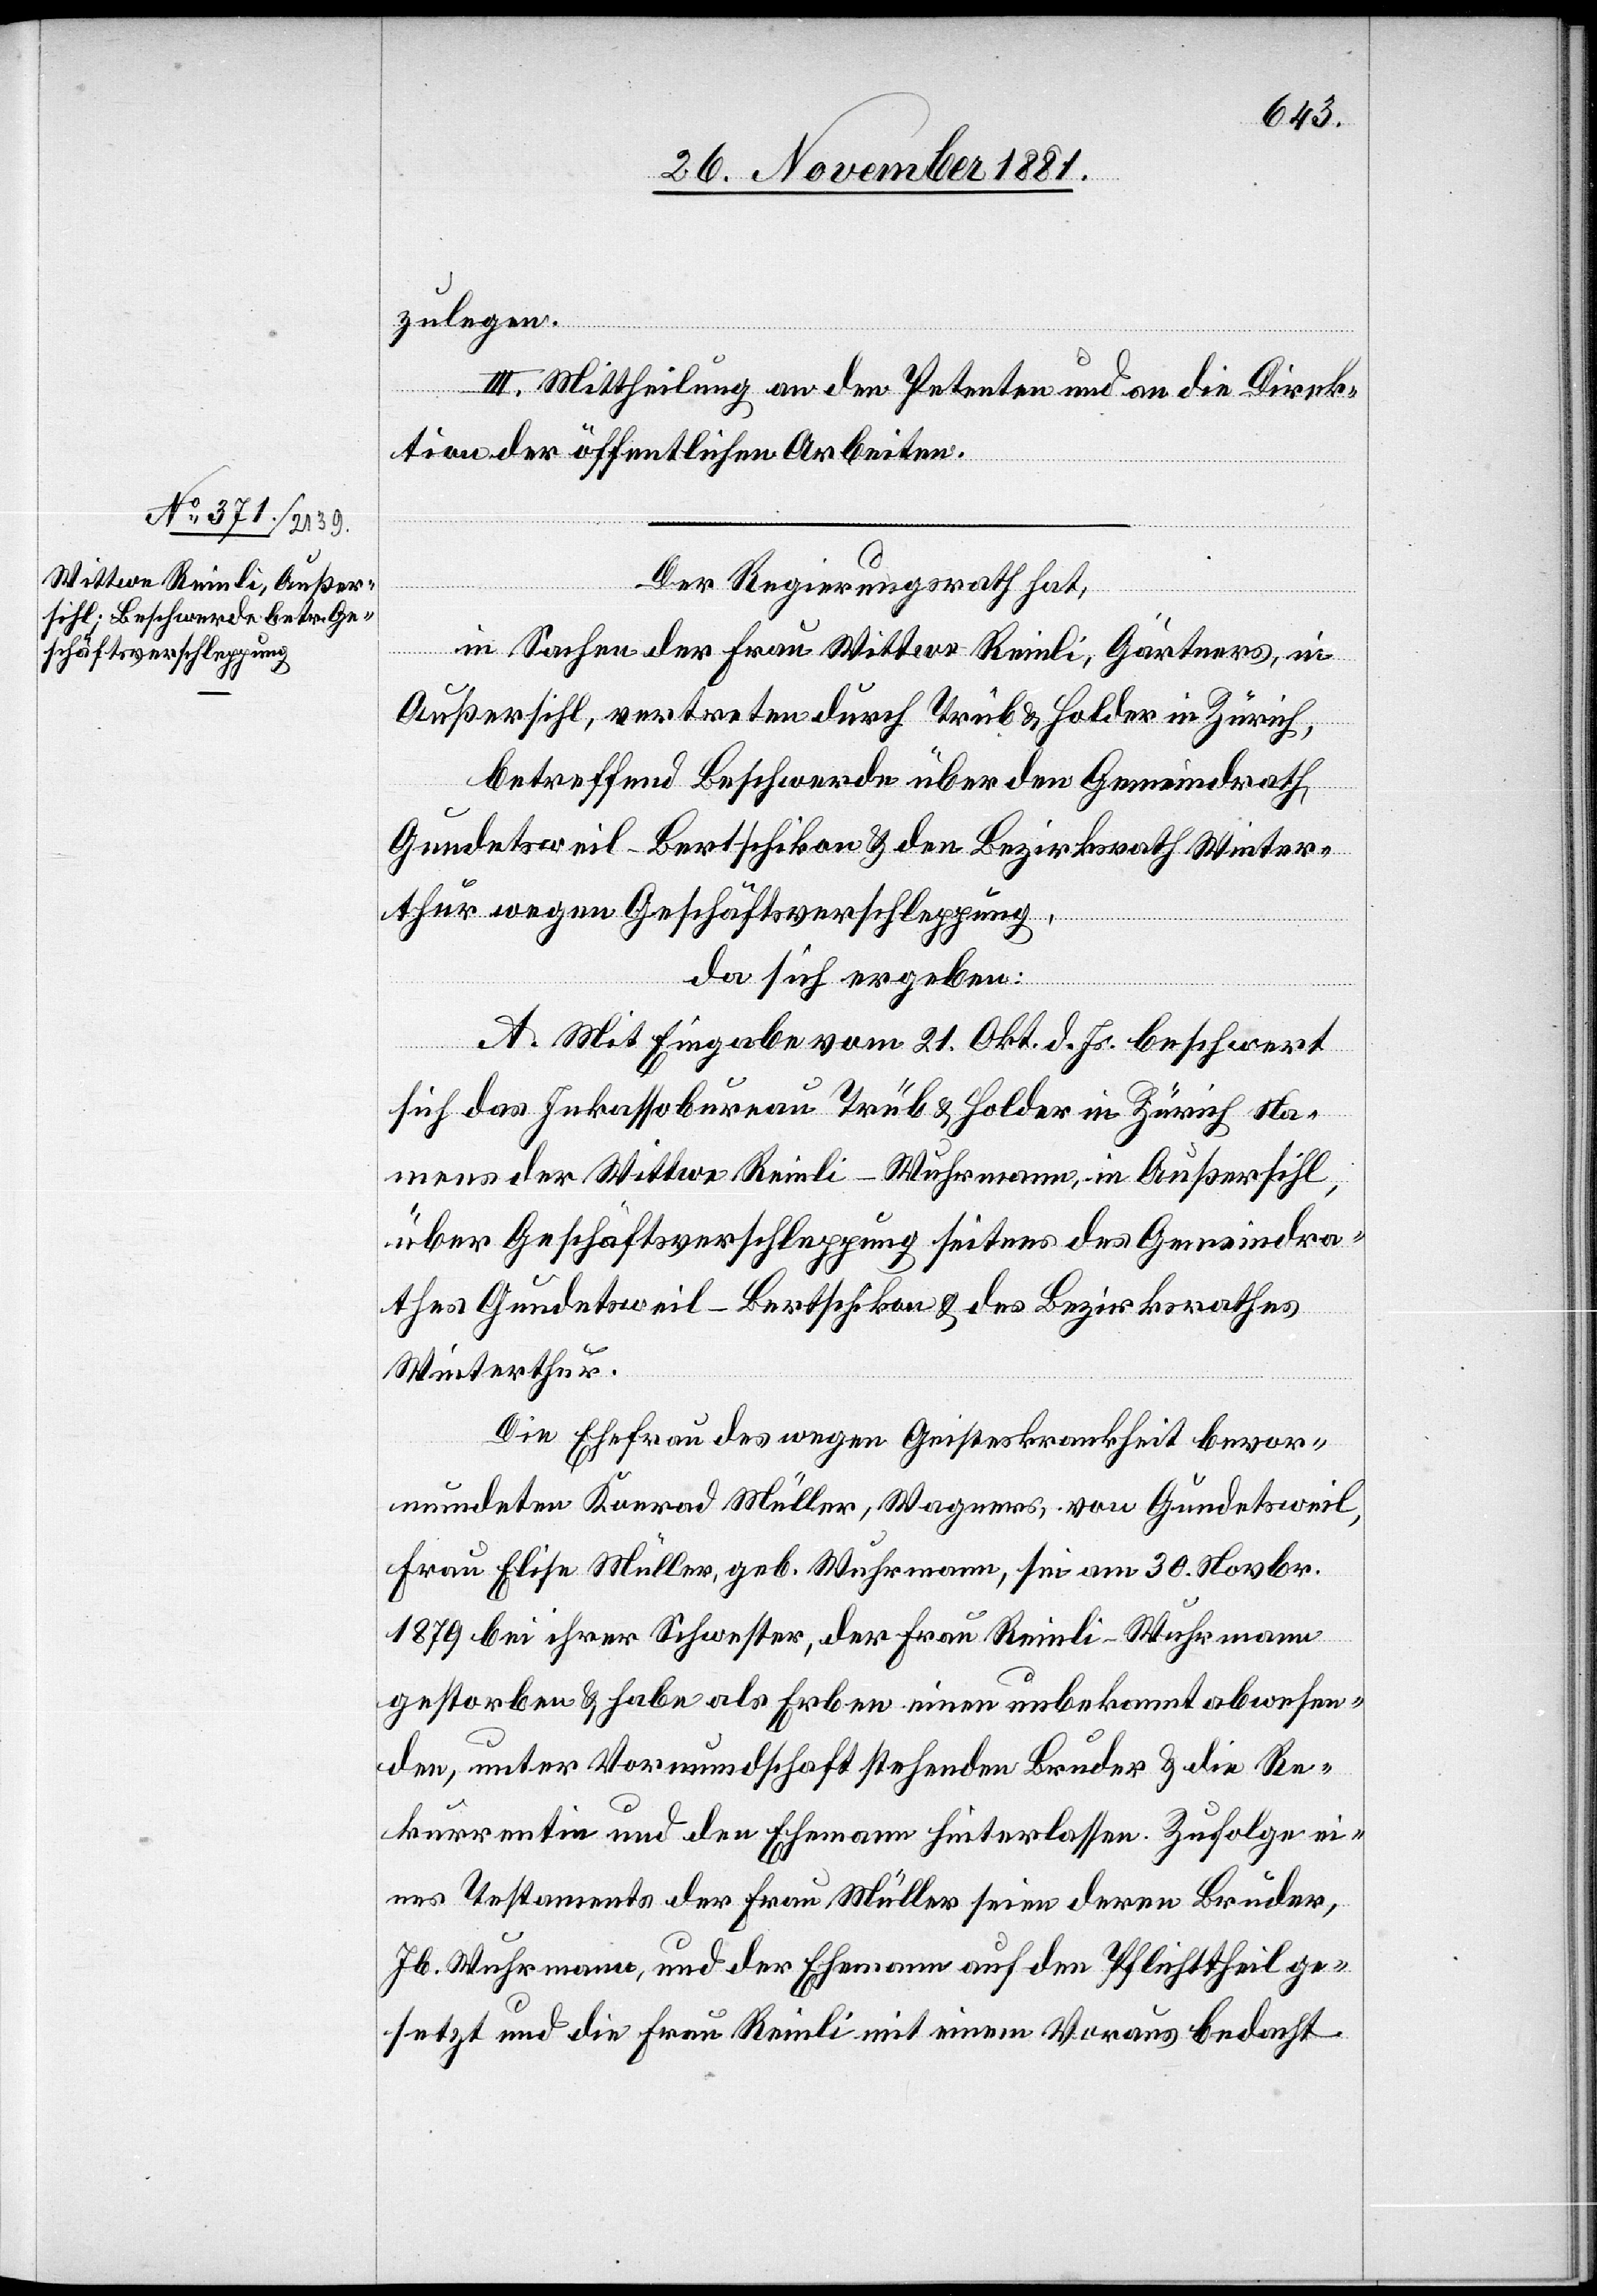
zulegen.
III. Mittheilung an den Petenten und an die Direk¬
tion der öffentlichen Arbeiten.
Der Regierungsrath hat,
in Sachen der Frau Wittwe Reinli, Gärtners, in
Außersihl, vertreten durch Trüb & Holder in Zürich,
betreffend Beschwerde über den Gemeindrath
Gundetsweil-Bertschikon & den Bezirksrath Winter¬
thur wegen Geschäftsverschleppung,
da sich ergeben:
A. Mit Eingabe vom 21. Okt. d. Js. beschwert
sich das Inkassobureau Trüb & Holder in Zürich Na¬
mens der Wittwe Reinli-Wuhrmann, in Außersihl,
über Geschäftsverschleppung seitens des Gemeindra¬
thes Gundetsweil-Bertschikon & des Bezirksrathes
Winterthur.
Die Ehefrau des wegen Geisteskrankheit bevor¬
mundeten Konrad Müller, Wagners, von Gundetsweil,
Frau Elisa Müller, geb. Wuhrmann, sei am 30. Novbr.
1879 bei ihrer Schwester, der Frau Reinli-Wuhrmann
gestorben & habe als Erben einen unbekannt abwesen¬
den, unter Vormundschaft stehenden Bruder & die Re¬
kurrentin und den Ehemann hinterlassen. Zufolge ei¬
nes Testaments der Frau Müller seien deren Brüder,
Jb. Wuhrmann, und der Ehemann auf den Pflichttheil ge¬
setzt und die Frau Reinli mit einem Voraus bedacht